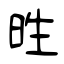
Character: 甠